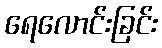
ရေလောင်းခြင်း